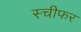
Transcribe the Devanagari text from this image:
स्चीफर